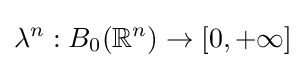
\lambda ^{n}:B_{0}(\mathbb {R} ^{n})\to [0,+\infty ]